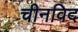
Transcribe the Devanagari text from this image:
चीनविद